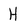
Character: H